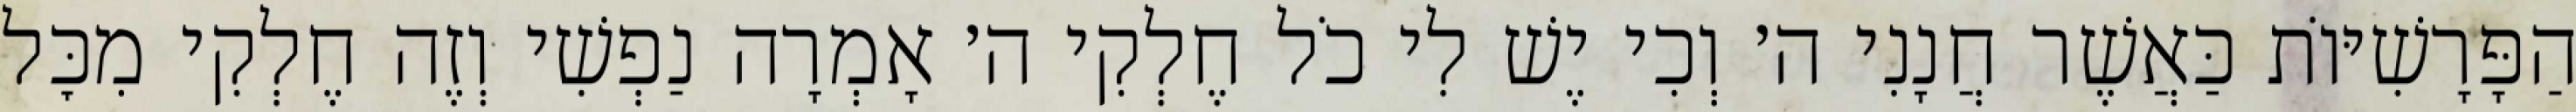
הַפָּרָשִׁיּוֹת כַּאֲשֶׁר חֲנָנִי ה׳ וְכִי יֶשׁ לִי כֹל חֶלְקִי ה׳ אָמְרָה נַפְשִׁי וְזֶה חֶלְקִי מִכׇּל